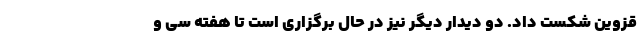
قزوین شکست داد. دو دیدار دیگر نیز در حال برگزاری است تا هفته سی و